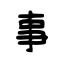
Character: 事